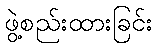
ဖွဲ့စည်းထားခြင်း